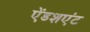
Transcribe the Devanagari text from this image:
ऐंडशएंट